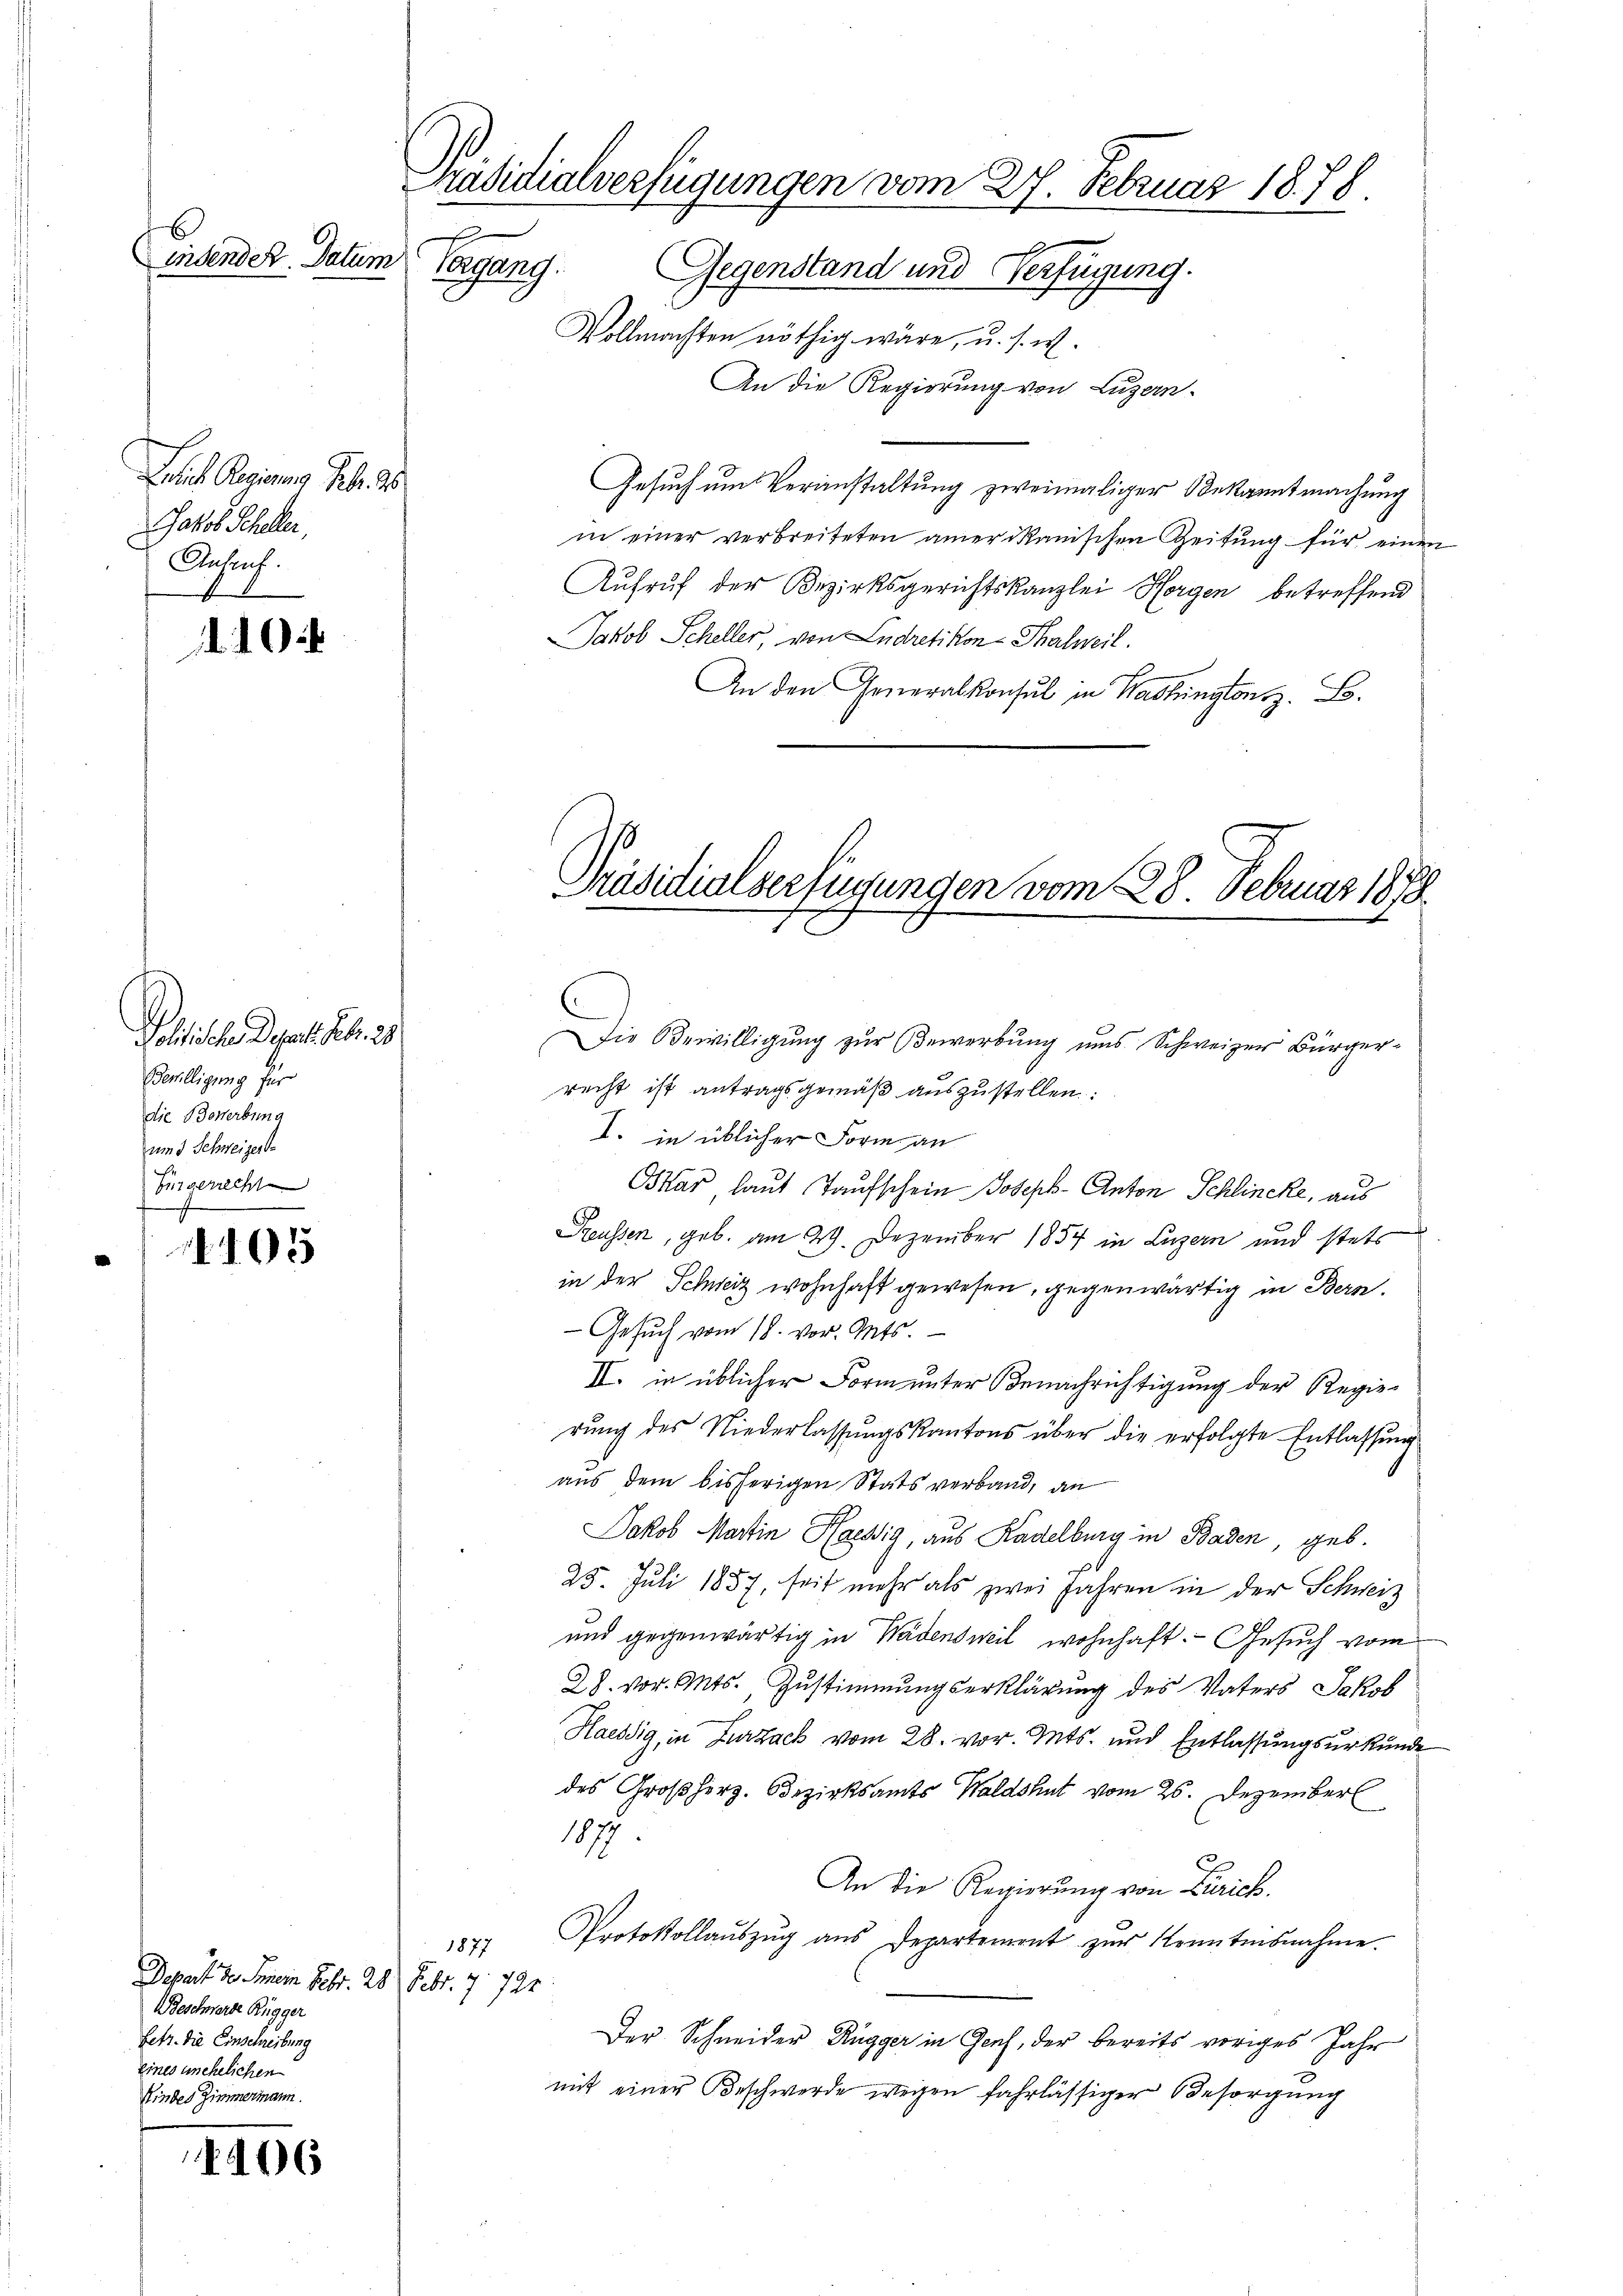
E

Leich Regierung Feb. 25
Jakob Scheller,
Ansief.

Päsidialverfügungen vom 27. Februar 1878.
insendet. Datum
Tagung.
Gegenstand und Verfügung.
Vollmachten nöthig wäre, u. s. w.

d. d. 6.

Politische Depart Febr. 20
Bewilligung für
die Bewerbung
um 3 Schweizert
Bürgerrecht

1015

496

An die Regierung von Luzern.
Gesuch um Veranstaltung zweimaliger Bekanntmachung
in einer verbreiteten amerikanischen Zeitung für einen
Aufruf der Bezirksgerichtskanzlei Horgen betreffend
Jakob Scheller, von Ludretikon-Thalweil.
An den Generalkonsul in Hadlington z. B.

Depart des Innern Febr. 28. Febr. 7. 721
Beschwerde Rügger
fetz. Die Einschreibung
Eines unehelichen
Kindes Zimmermann.

Präsidialverfügungen vom 28. Februar 1878

Die Bewilligung zur Bewerbung uns Schweizer Bürgerrecht ist antragsgemäß auszustellen.
I. in üblicher Form an
Oskar laut Taufschein Joseph-Anton Schlincke, aus
Preussen, geb. am 29. Dezember 1854 in Luzern und stets
in der Schweiz wohnhaft gewesen, gegenwärtig in Bern.
- Gesuch vom 18. vor. Mts.
II. in üblicher Form unter Benachrichtigung der Regierung des Niederlassungskantons über die erfolgte Entlassung
aus dem bisherigen Stats verband, an
Jakob Martin Hassig, aus Kadelburg in Baden, geb
6
25. Juli 1857, seit mehr als zwei Jahren in der Schweiz
und gegenwärtig in Wädensweil wohnhaft. - Gesuch vom
28. vor. Mts., Zustimmungserklärung des Vaters Jakob
Haessig, in Zurzack vom 28. vor. Mts. und Entlassungsurkunde
des Großherz. Bezirksamts Waldshut vom 26. Dezember
1877.
An die Regierung von Zürich.
Protokollaŭszŭg ans Departement zŭr Kenntesnahme.
1877
Der Schneider Rügger in Genf, der bereits voriges Jahr
mit einer Beschwerde wegen fahrlässiger Besorgung